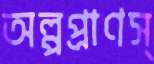
অল্পপ্রাণস্